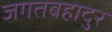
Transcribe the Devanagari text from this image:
जगतबहादुर